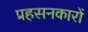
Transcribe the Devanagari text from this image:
प्रहसनकारों